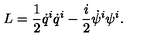
L = \frac { 1 } { 2 } \dot { q } ^ { i } \dot { q } ^ { i } - \frac { i } { 2 } \dot { \psi } ^ { i } \psi ^ { i } .